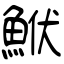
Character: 鮲